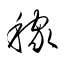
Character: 稼